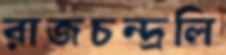
রাজচন্দ্রলি